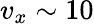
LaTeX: v_{x}\sim 10